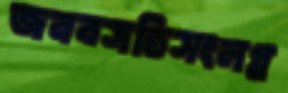
জনবসতিসংলগ্ন